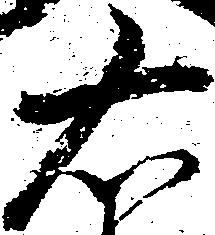
右